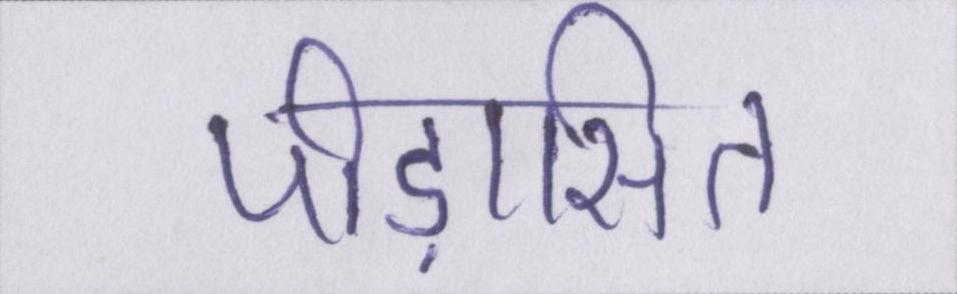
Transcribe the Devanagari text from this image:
पीड़ासित